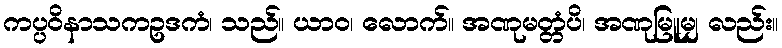
ကပ္ပဝိနာသကဥဒကံ၊ သည်။ ယာဝ၊ လောက်။ အဏုမတ္တံပိ၊ အဏုမြူမျှ လည်း။